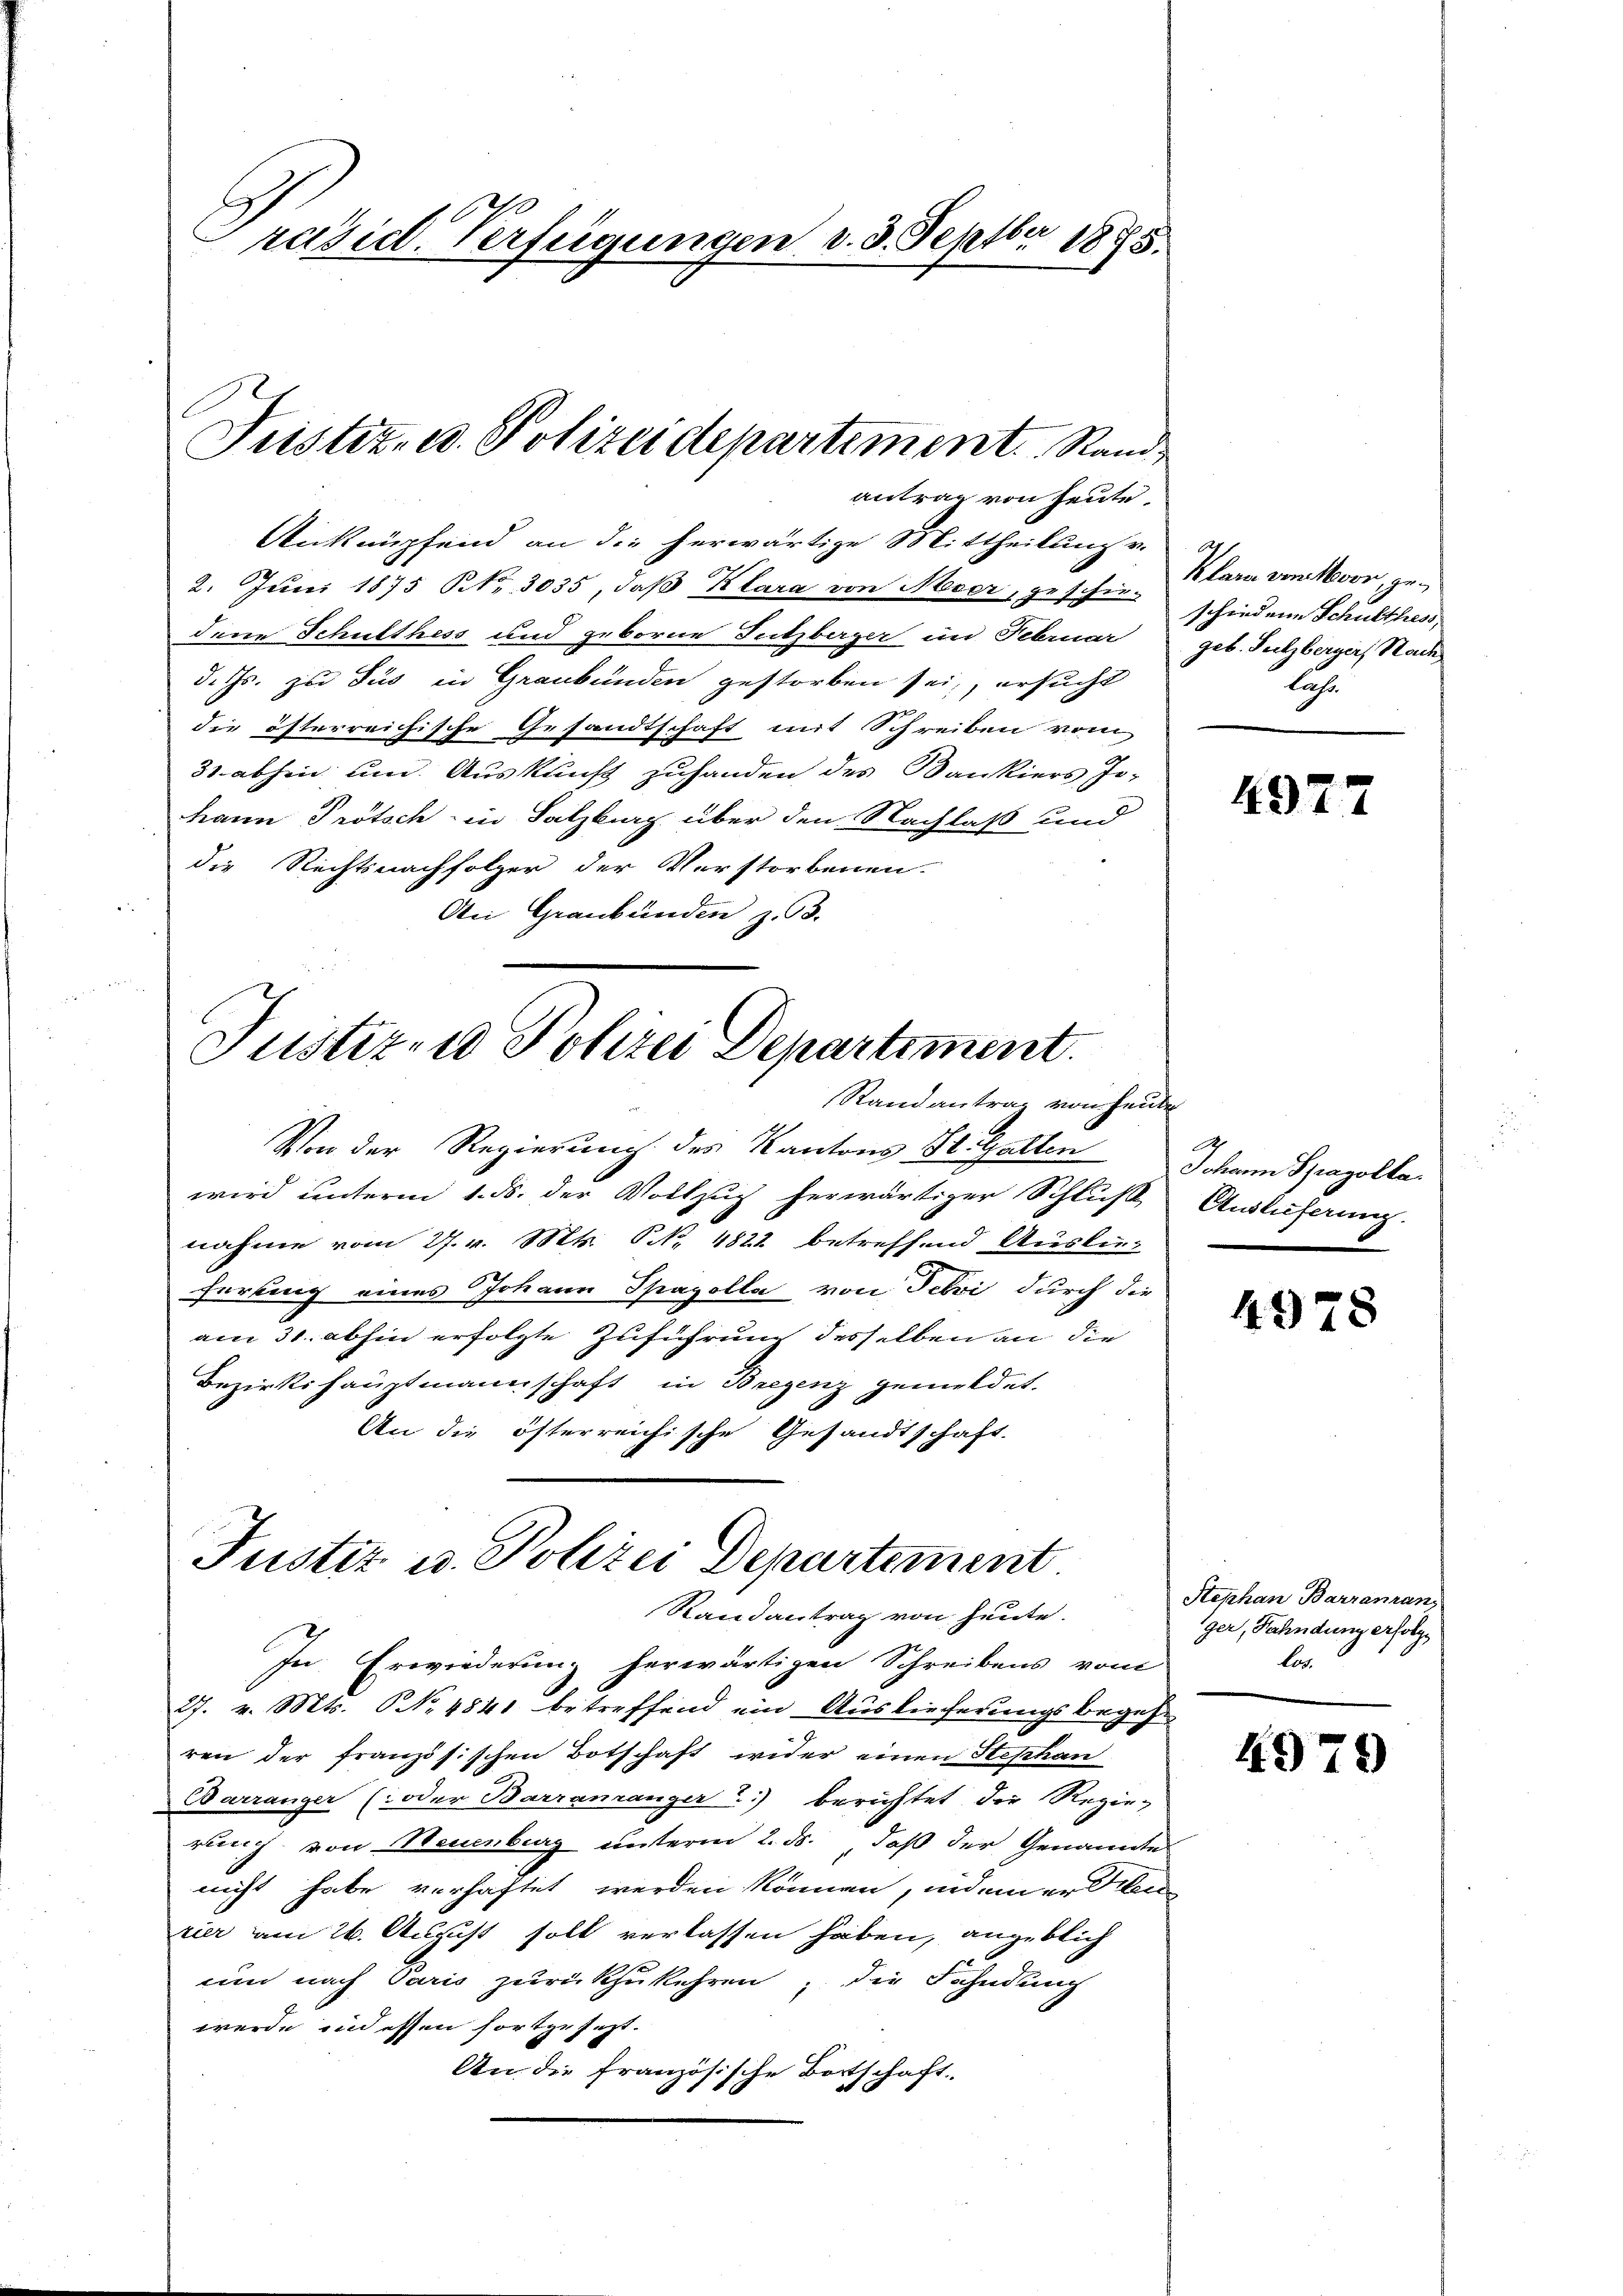
räsid. Verfügungen v. 3. Septbr 1875.

antrag von heute.
Anknüpfend an die herwärtige Mittheilung v.
2. Juni 1875 NNo. 3035, daß Klara von Meser, geschie schiedene Schulthess,
dene Schulthess und geborne Sutzberger im Februar geb. Sulzberger, Nach
d. Js. zu sus in Graubünden gestorben sei, ersucht
die öfterreichische Gesandtschaft mit Schreiben vom
31. abhin um Auskunft zuhanden des Bankiers Jo-
hann Prötsch in Salzburg über den Nachlaß und
die Rechtsnachfolger der Verstorbenen.
An Graubünden z. B.

Justiz- u. Polizeidepartement. Stand

Justiz- u Polizei Departiment.
Randantrag von heute

Von der Regierung des Kantons St. Gallen
wird unterm 1. ds. der Vollzug herwärtiger Schluß
nahme vom 27. v. Mts. S. 1822 betreffend Ausku-
ferkung eines Johann Spazolla, von Fehri durch die
am 31. abhin erfolgte Zuführung desselben an die
Bezirkshauptmannschaft in Bregenz gemeldet.
An die österreichische Gesandtschaft.

Justiz u. Polizei Departement
Randantrag von heute.

In Erwiederung herwärtigen Schreibens vom
27. v. Mts. NNo. 4841 betreffend ein Auslieferungsbegehren der französischen Botschaft wider einen Stephan
Barranger (oder Barramanger) berichtet die Regie-
rung von Neuenburg unterm 2. ds., daß der Genannte
nicht habe verhaftet werden können, indem er silen
rier am 26. August soll verlassen haben, angeblich
um nach Paris zurückzukehren, die Fahndung
werde und essen fortze fest.
An die französische Bertschaft

Klare von Moor, ge¬
Lass.

4927

A
Johann Spagolte.
Auslieferung.

4978

Stephan Barranran
ger, Fahndung erfolge
los.

4979